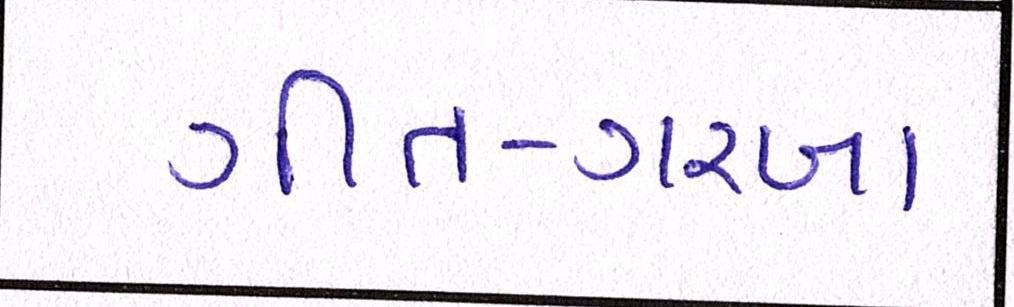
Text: ગીત-ગરબા